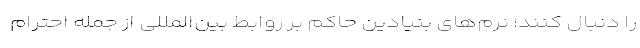
را دنبال کنند؛ نرم‌های بنیادین حاکم بر روابط بین‌المللی از جمله احترام